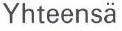
Yhteensä